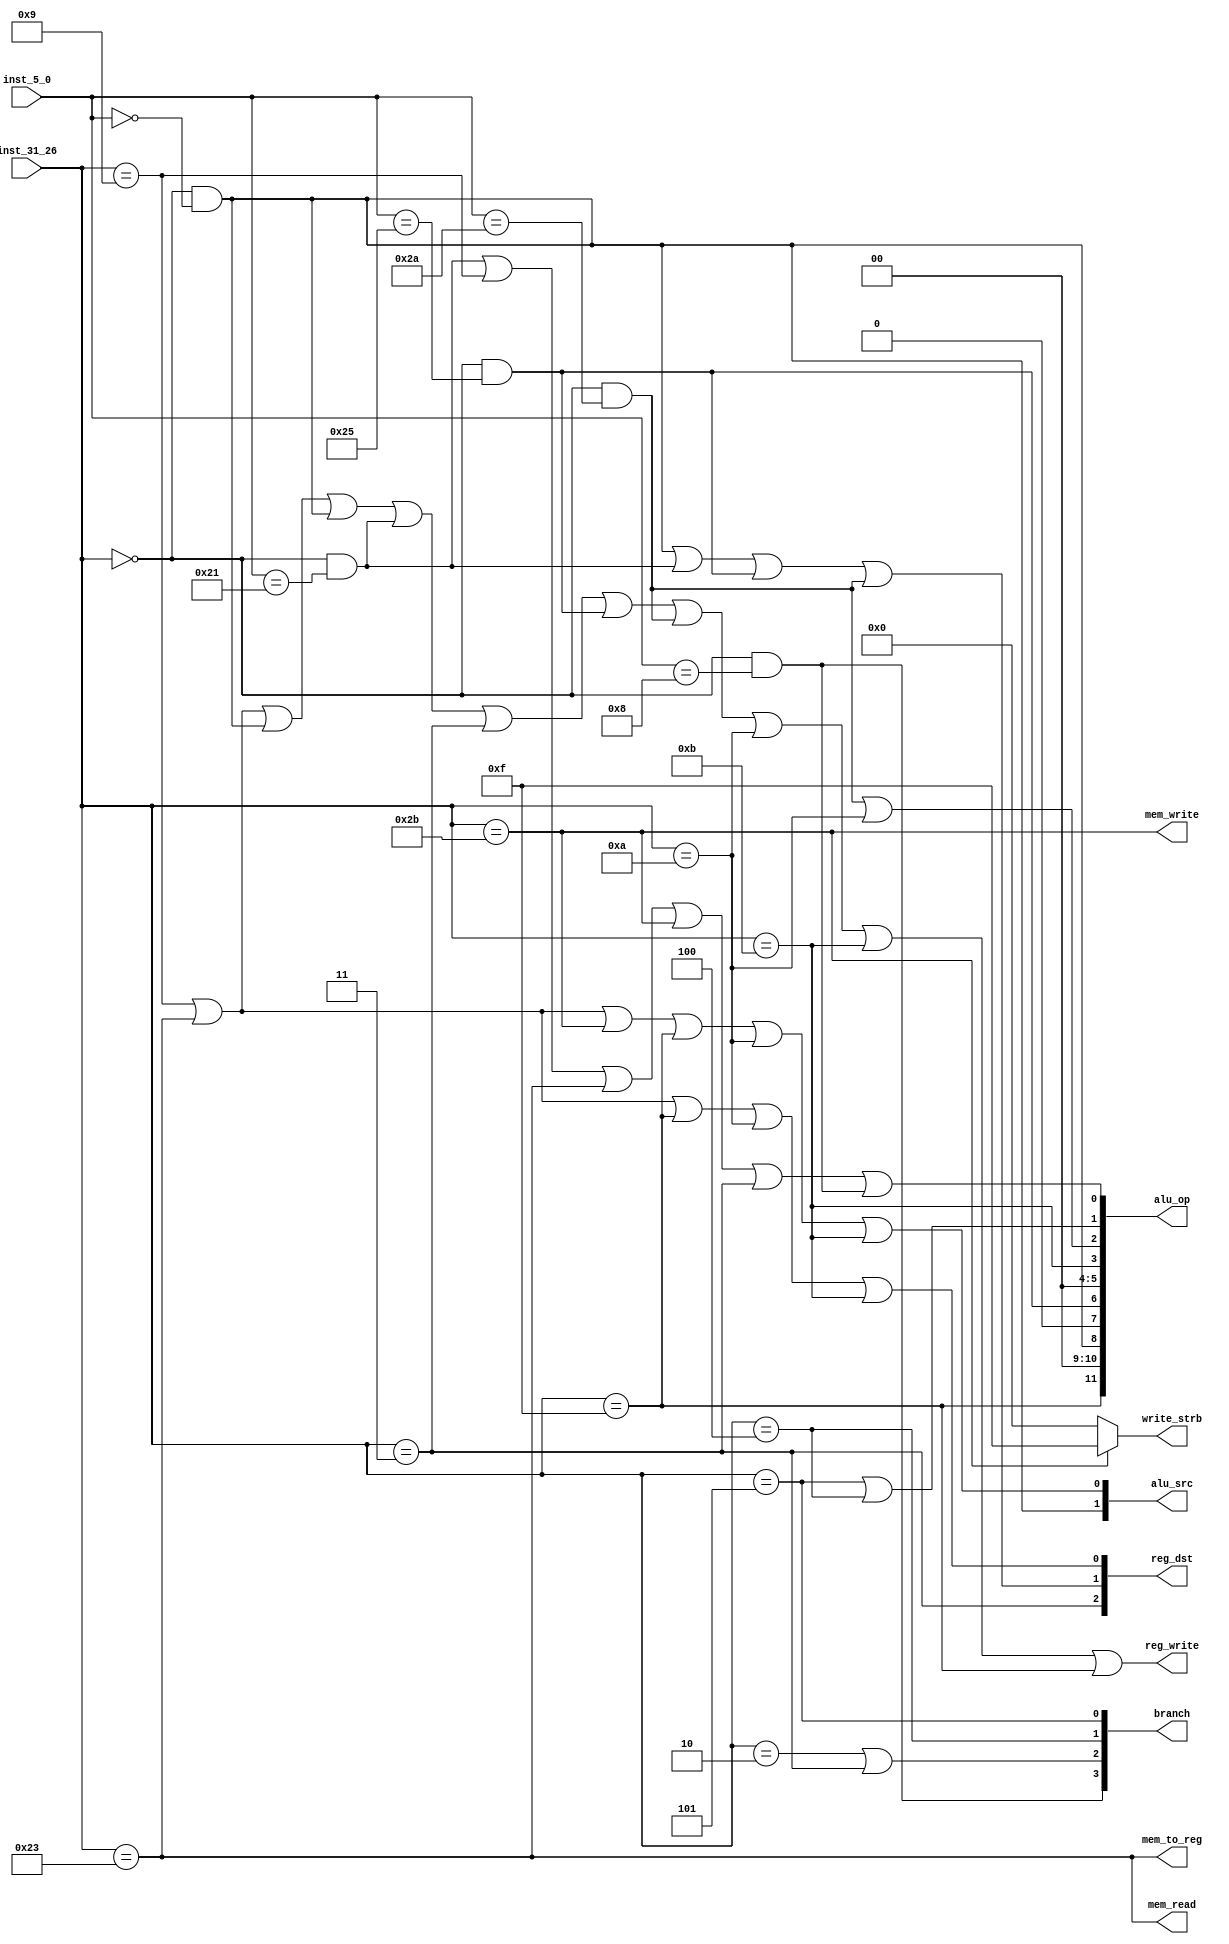
`timescale 10ns / 1ns

//op//////////////////////
`define R      6'b000000
`define SLL    6'b000000
`define ADDU   6'b100001
`define JR     6'b001000
`define OR     6'b100101
`define SLT    6'b101010
//////////////////////////
`define ADDIU  6'b001001
`define LW     6'b100011
`define SW     6'b101011
`define BNE    6'b000101
`define BEQ    6'b000100
`define J      6'b000010
`define JAL    6'b000011
`define LUI    6'b001111
`define SLTI   6'b001010
`define SLTIU  6'b001011

module control(
	input  [5:0]inst_31_26,
	input  [5:0]inst_5_0,
	output [2:0]reg_dst,
    output [3:0]branch,
    output mem_read,
    output mem_to_reg,
    output [11:0]alu_op,
    output mem_write,
    output [1:0]alu_src,
    output reg_write,
	output [3:0]write_strb
);


wire inst_addiu;
wire inst_bne  ;
wire inst_lw   ;
wire inst_sw   ;
wire inst_sll  ;
wire inst_addu ;
wire inst_beq  ;
wire inst_j    ;
wire inst_jal  ;
wire inst_jr   ;
wire inst_lui  ;
wire inst_or   ;
wire inst_slt  ;
wire inst_slti ;
wire inst_sltiu;

assign inst_addiu = (inst_31_26==`ADDIU);
assign inst_bne   = (inst_31_26==`BNE  );
assign inst_lw    = (inst_31_26==`LW   );
assign inst_sw    = (inst_31_26==`SW   );
assign inst_sll   = (inst_31_26==`R & inst_5_0==`SLL );
assign inst_addu  = (inst_31_26==`R & inst_5_0==`ADDU);
assign inst_beq   = (inst_31_26==`BEQ  );
assign inst_j     = (inst_31_26==`J    );
assign inst_jal   = (inst_31_26==`JAL  );
assign inst_jr    = (inst_31_26==`R & inst_5_0==`JR  );
assign inst_lui   = (inst_31_26==`LUI  );
assign inst_or    = (inst_31_26==`R & inst_5_0==`OR  );
assign inst_slt   = (inst_31_26==`R & inst_5_0==`SLT );
assign inst_slti  = (inst_31_26==`SLTI );
assign inst_sltiu = (inst_31_26==`SLTIU);


assign alu_op[ 0] = inst_addu | inst_addiu | inst_lw   |
                    inst_sw   | inst_jal   | inst_jr   ;
assign alu_op[ 1] = inst_bne  | inst_beq   ;
assign alu_op[ 2] = inst_slt  | inst_slti  ;
assign alu_op[ 3] = inst_sltiu;
assign alu_op[ 4] = 0;
assign alu_op[ 5] = 0;
assign alu_op[ 6] = inst_or   ;
assign alu_op[ 7] = 0;
assign alu_op[ 8] = inst_sll  ;
assign alu_op[ 9] = 0;
assign alu_op[10] = 0;
assign alu_op[11] = inst_lui;

assign reg_dst[0] = inst_addiu | inst_lw   | inst_lui  |
                    inst_slti  | inst_sltiu;
assign reg_dst[1] = inst_sll   | inst_addu | inst_or   |
                    inst_slt   ;
assign reg_dst[2] = inst_jal   ;
assign branch [0] = inst_bne;
assign branch [1] = inst_beq;
assign branch [2] = inst_j | inst_jal ;
assign branch [3] = inst_jr ;
assign mem_read   = inst_lw;
assign mem_to_reg = inst_lw;
assign mem_write  = inst_sw;
assign reg_write  = inst_addiu | inst_lw   | inst_sll  |
                    inst_sll   | inst_addu | inst_jal  |
                    inst_or    | inst_slt  |inst_slti  |
                    inst_sltiu | inst_lui  ;
assign alu_src[0] = inst_addiu | inst_lw   | inst_sw   |
                    inst_lui   | inst_slti | inst_sltiu;
assign alu_src[1] = inst_sll   ;
assign write_strb = inst_sw ? 4'b1111 : 4'b0000;

endmodule